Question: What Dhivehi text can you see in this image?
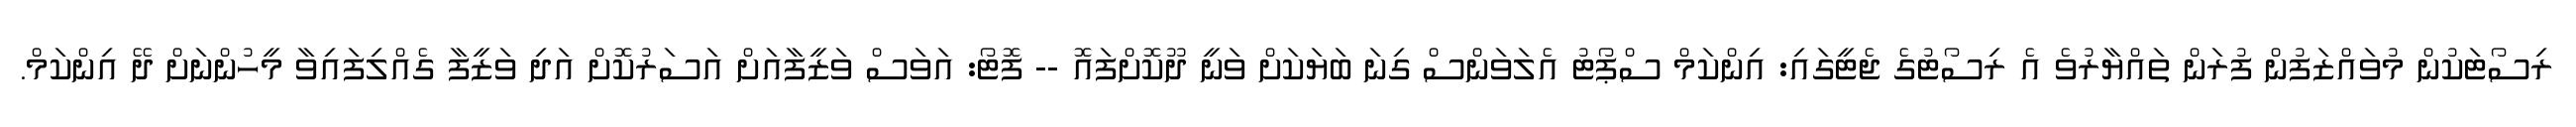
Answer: ރިސޯޓަކުން މުވައްޒަފުން ފުރަން ތައްޔާރުވެ އެ ރިސޯޓުގެ ޖެޓީގައި: އިންކަމް ސްޕޯޓު އެލަވަންސް ގިނަ ބަޔަކަށް ވަނީ ދޫކޮށްފައޮ -- ފޮޓޯ: އަވަސް ވަޒީފާއަށް އަސަރުކޮށް އަދި ވަޒީފާ ގެއްލިފައިވާ މީހުންނަށް ދޭ އިންކަމް.